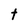
Character: t